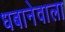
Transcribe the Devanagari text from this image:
धबानेवाला